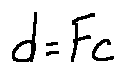
d = F c